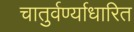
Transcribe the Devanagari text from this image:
चातुर्वर्ण्याधारित